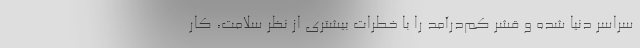
سراسر دنیا شده و قشر کم‌درآمد را با خطرات بیشتری از نظر سلامت، کار